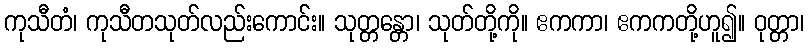
ကုသီတံ၊ ကုသီတသုတ်လည်းကောင်း။ သုတ္တန္တော၊ သုတ်တို့ကို။ ဧကကာ၊ ဧကကတို့ဟူ၍။ ဝုတ္တာ၊